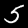
Digit: 5